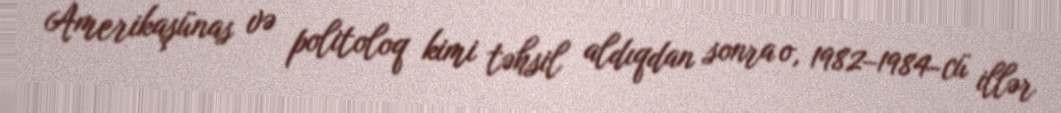
Amerikaşünas və politoloq kimi təhsil aldıqdan sonra o, 1982–1984-cü illər